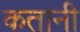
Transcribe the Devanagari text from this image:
कतानी